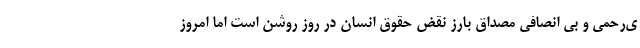
ی‌رحمی و بی انصافی مصداق بارز نقض حقوق انسان در روز روشن است اما امروز